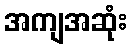
အကျအဆုံး